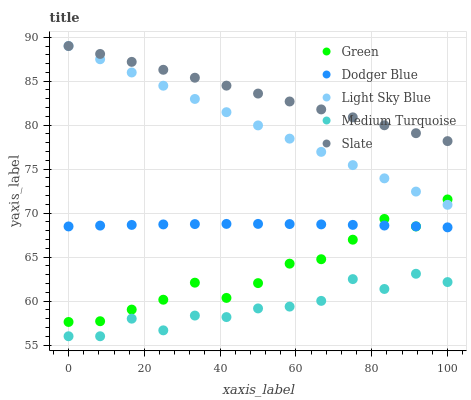
| xaxis_label | Green | Dodger Blue | Light Sky Blue | Medium Turquoise | Slate |
 | --- | --- | --- | --- | --- | --- |
 | 0 | 57.6 | 68.5 | 89 | 56 | 89 |
 | 8.33 | 57.7 | 68.6 | 87.5 | 56 | 88.1 |
 | 16.7 | 59 | 68.7 | 86 | 58 | 87.2 |
 | 25 | 60.2 | 68.7 | 84.5 | 56.7 | 86.3 |
 | 33.3 | 62.1 | 68.8 | 83 | 58.4 | 85.4 |
 | 41.7 | 60.4 | 68.8 | 81.5 | 58.2 | 84.5 |
 | 50 | 62 | 68.8 | 80 | 59.2 | 83.6 |
 | 58.3 | 64.3 | 68.8 | 78.5 | 59.4 | 82.7 |
 | 66.7 | 64.8 | 68.7 | 77 | 60 | 81.8 |
 | 75 | 67 | 68.7 | 75.5 | 62.5 | 80.9 |
 | 83.3 | 69.3 | 68.6 | 74 | 61.4 | 80 |
 | 91.7 | 68.5 | 68.5 | 72.4 | 63.1 | 79.1 |
 | 100 | 71.6 | 68.4 | 70.9 | 62.2 | 78.2 |